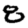
Digit: 8